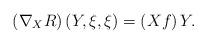
LaTeX: \begin{align*}\left(\nabla _{X} R\right)\left(Y,\xi ,\xi \right)=\left(Xf\right)Y. \end{align*}